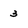
Character: 3